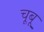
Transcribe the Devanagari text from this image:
चूबू